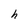
Character: h